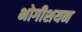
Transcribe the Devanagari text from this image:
भोगीशयन